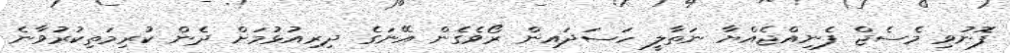
ފޮނުވި މެސެޖް ފެނިއްޖެއްޔާ ނަތާލީ ހަސަދައިން ރޯވެގެން އޭނަގެ ދިރިއުޅުމަށް ދެން ކުރިމަތިކުރުވާނެ